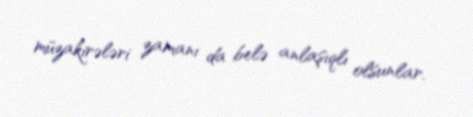
müzakirələri zamanı da belə anlaşıqlı olsunlar.